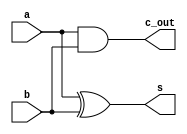
`timescale 1ns / 1ps
//////////////////////////////////////////////////////////////////////////////////
// Company: 
// Engineer: 
// 
// Design Name: 
// Module Name: HA
// Project Name: 
// Target Devices: 
// Tool Versions: 
// Description: 
// 
// Dependencies: 
// 
// Revision:
// Revision 0.01 - File Created
// Additional Comments:
// 
//////////////////////////////////////////////////////////////////////////////////


(* keep_hierarchy = "yes" *) module HA(a, b, s, c_out);
 input a, b;
 output s, c_out;
 
 assign s = a ^ b;
 assign c_out = a & b;
 
endmodule